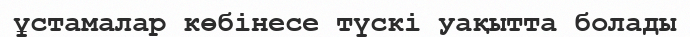
ұстамалар көбінесе түскі уақытта болады